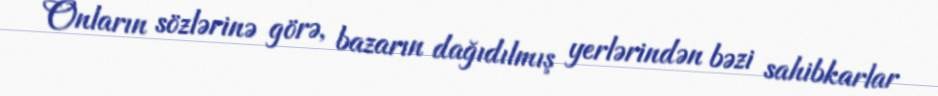
Onların sözlərinə görə, bazarın dağıdılmış yerlərindən bəzi sahibkarlar